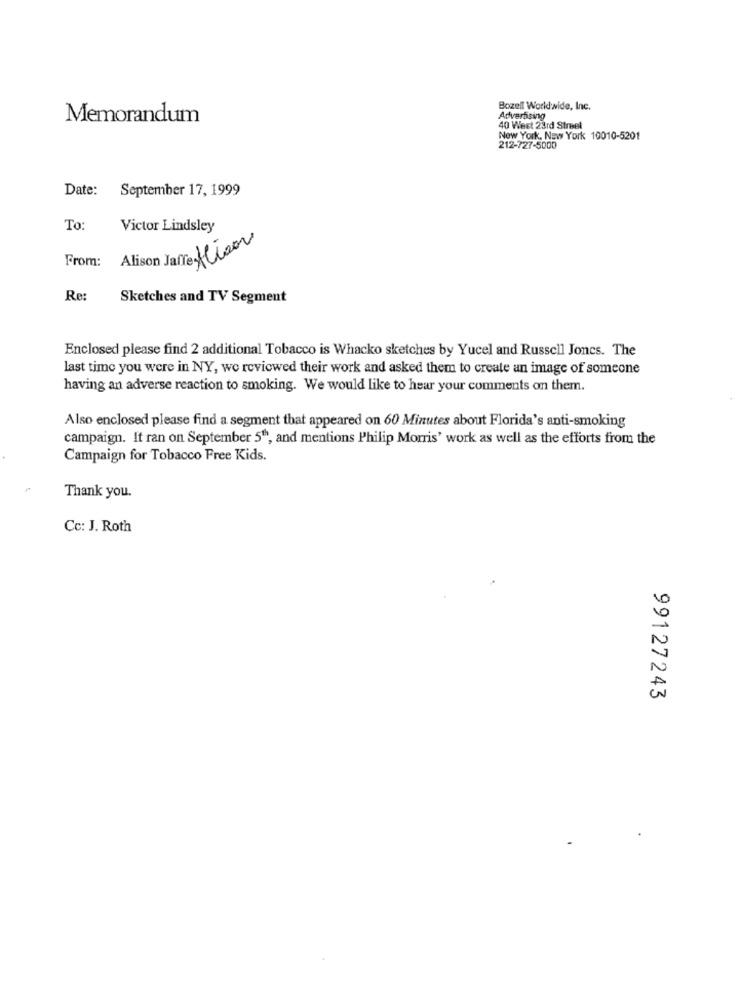
Bozell World wide, Inc.
Memorandum
Advertising
40 Weet 23rd Street
New York, New York 10010-5201
212-727-5000
Date: September 17, 1999
To:
Victor Lindsley
Alison Jarre Aliser
From:
Re:
Sketches and TV Segment
Enclosed please find 2 additional Tobacco is Whacko sketches by Yucel and Russell Joncs. The
last time you were in NY, wo reviewed their work and asked them to create an image of someone
having an adverse reaction to smoking. We would like to hear your comments on them.
Also enclosed please find a segment that appeared on 60 Minutes about Florida's anti-smoking
campaign. It ran on September 5th, and mentions Philip Morris' work as well as the efforts from the
Campaign for Tobacco Free Kids.
Thank you.
Cc: J. Roth
99127243